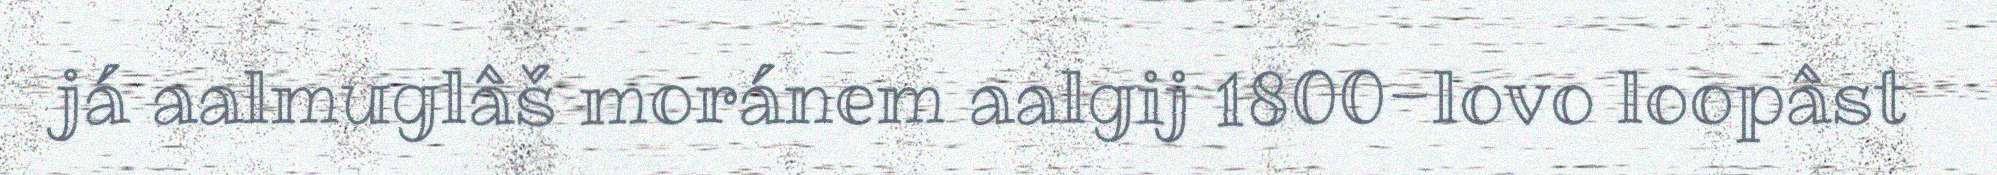
já aalmuglâš moránem aalgij 1800-lovo loopâst